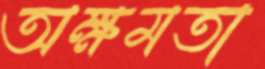
অক্ষমতা